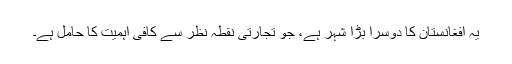
یہ افغانستان کا دوسرا بڑا شہر ہے، جو تجارتی نقطۂ نظر سے کافی اہمیت کا حامل ہے۔